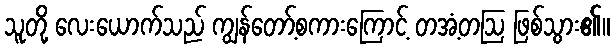
သူတို့ လေးယောက်သည် ကျွန်တော့်စကားကြောင့် တအံ့တဩ ဖြစ်သွား၏။